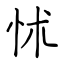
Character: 怵